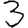
Digit: 3